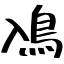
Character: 鳰